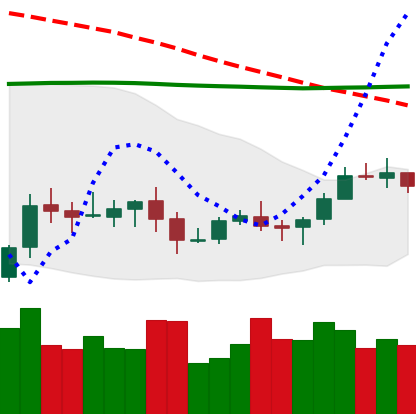
Ticker: XLM-USD
Chart end date: 2020-10-13
Forward return: 4.199%
Label: up_3_5